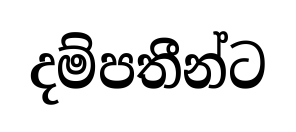
දම්පතීන්ට